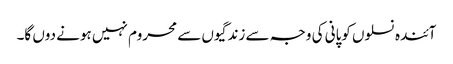
آئندہ نسلوں کوپانی کی وجہ سے زندگیوں سے محروم نہیں ہونے دوں گا۔